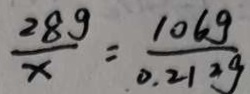
\frac { 2 8 9 } { x } = \frac { 1 0 6 g } { 0 . 2 1 2 g }